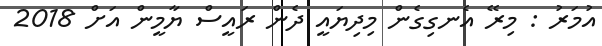
އުމަރު : މިރޭ އެނގިގެން މިދިޔައީ ދެން ރައީސް ޔާމީން އަށް 2018